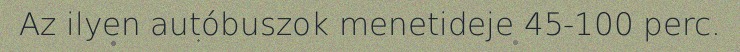
Az ilyen autóbuszok menetideje 45-100 perc.